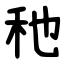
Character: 䄬